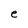
Character: e